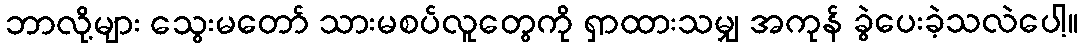
ဘာလို့များ သွေးမတော် သားမစပ်လူတွေကို ရှာထားသမျှ အကုန် ခွဲပေးခဲ့သလဲပေါ့။